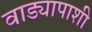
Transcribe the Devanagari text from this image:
वाड्यापाशी